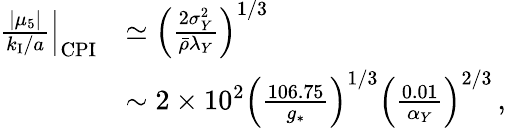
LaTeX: \begin{array}{rl}{\left.\frac{|\mu_{5}|}{k_{\mathrm{I}}/a}\right|_{\mathrm{CPI}}}&{\simeq\left(\frac{2\sigma_{Y}^{2}}{\bar{\rho}\lambda_{Y}}\right)^{1/3}}\\ &{\sim 2\times 10^{2}\left(\frac{106.75}{g_{\ast}}\right)^{1/3}\left(\frac{0.01}{\alpha_{Y}}\right)^{2/3}\, ,}\end{array}